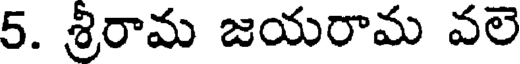
5. శ్రీరామ జయరామ వలె